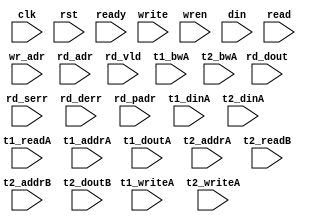
/*
 * Copyright (C) 2011 Memoir Systems Inc. These coded instructions, statements, and computer programs are
 * Confidential Proprietary Information of Memoir Systems Inc. and may not be disclosed to third parties
 * or copied in any form, in whole or in part, without the prior written consent of Memoir Systems Inc.
 * */

module algo_1r1w_a127_sva_wrap
#(parameter IP_WIDTH = 256, parameter IP_BITWIDTH = 8, parameter IP_DECCBITS = 10, parameter IP_NUMADDR = 8192, parameter IP_BITADDR = 13, 
parameter IP_NUMWREN = 8, parameter IP_BITWREN = 3, parameter IP_NUMVBNK = 4, parameter IP_BITVBNK = 2, parameter IP_BITPBNK = 3,
parameter IP_ENAECC = 0, parameter IP_ENAPAR = 0, parameter IP_SECCBITS = 5, parameter IP_SECCDWIDTH = 12, 
parameter FLOPECC = 0, parameter FLOPIN = 0, parameter FLOPOUT = 0, parameter FLOPCMD = 0, parameter FLOPMEM = 0,
parameter IP_REFRESH = 0, parameter IP_REFFREQ = 6,  parameter IP_REFFRHF = 0,

parameter T1_WIDTH = 256, parameter T1_NUMVBNK = 4, parameter T1_BITVBNK = 2, parameter T1_DELAY = 2, parameter T1_NUMVROW = 2048, parameter T1_BITVROW = 11,
parameter T1_BITWSPF = 0, parameter T1_NUMWRDS = 1, parameter T1_BITWRDS = 0, parameter T1_NUMSROW = 2048, parameter T1_BITSROW = 11, parameter T1_PHYWDTH = 256,

parameter T2_WIDTH = 276, parameter T2_NUMVBNK = 2, parameter T2_BITVBNK = 1, parameter T2_DELAY = 2, parameter T2_NUMVROW = 2048, parameter T2_BITVROW = 11, 
parameter T2_BITWSPF = 0, parameter T2_NUMWRDS = 1, parameter T2_BITWRDS = 0, parameter T2_NUMSROW = 2048, parameter T2_BITSROW = 11, parameter T2_PHYWDTH = 276
)
(clk, rst, ready,
  write, wr_adr, wren, din,
  read, rd_adr, rd_vld, rd_dout, rd_serr, rd_derr, rd_padr,
  t1_readA, t1_writeA, t1_addrA, t1_bwA, t1_dinA, t1_doutA,
  t2_writeA, t2_addrA, t2_readB, t2_addrB, t2_bwA, t2_dinA, t2_doutB);

  
  parameter WIDTH = IP_WIDTH;
  parameter BITWDTH = IP_BITWIDTH;
  parameter NUMADDR = IP_NUMADDR;
  parameter BITADDR = IP_BITADDR;
  parameter NUMWREN = IP_NUMWREN;
  parameter BITWREN = IP_BITWREN;
  parameter NUMVROW = T1_NUMVROW;   // ALGO Parameters
  parameter BITVROW = T1_BITVROW;
  parameter NUMVBNK = IP_NUMVBNK;
  parameter BITVBNK = IP_BITVBNK;
  parameter BITPBNK = IP_BITPBNK;
  parameter NUMWRDS = T1_NUMWRDS;      // ALIGN Parameters
  parameter BITWRDS = T1_BITWRDS;
  parameter NUMSROW = T1_NUMSROW;
  parameter BITSROW = T1_BITSROW;
  parameter SRAM_DELAY = T2_DELAY;
  parameter DRAM_DELAY = T1_DELAY;
  parameter PHYWDTH = T1_PHYWDTH;
  parameter ECCBITS = IP_SECCBITS;
  
  parameter BITPADR = BITPBNK+BITSROW+BITWRDS+1;
  parameter SDOUT_WIDTH = 2*(NUMWREN+BITVBNK)+ECCBITS;

  input                                write;
  input [BITADDR-1:0]                  wr_adr;
  input [NUMWREN-1:0]                  wren;
  input [WIDTH-1:0]                    din;

  input                                read;
  input [BITADDR-1:0]                  rd_adr;
  input                               rd_vld;
  input [WIDTH-1:0]                   rd_dout;
  input                               rd_serr;
  input                               rd_derr;
  input [BITPADR-1:0]                 rd_padr;

  input                               ready;
  input                                clk, rst;

  input [NUMVBNK-1:0] t1_readA;
  input [NUMVBNK-1:0] t1_writeA;
  input [NUMVBNK*BITSROW-1:0] t1_addrA;
  input [NUMVBNK*PHYWDTH-1:0] t1_bwA;
  input [NUMVBNK*PHYWDTH-1:0] t1_dinA;
  input  [NUMVBNK*PHYWDTH-1:0] t1_doutA;

  input [2-1:0] t2_writeA;
  input [2*BITVROW-1:0] t2_addrA;
  input [2*(SDOUT_WIDTH+WIDTH)-1:0] t2_bwA;
  input [2*(SDOUT_WIDTH+WIDTH)-1:0] t2_dinA;

  input [2-1:0] t2_readB;
  input [2*BITVROW-1:0] t2_addrB;
  input [2*(SDOUT_WIDTH+WIDTH)-1:0] t2_doutB;

endmodule